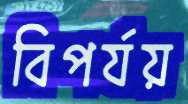
বিপর্যয়